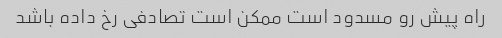
راه پیش رو مسدود است ممکن است تصادفی رخ داده باشد